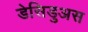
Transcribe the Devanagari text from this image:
डेसिडुअस